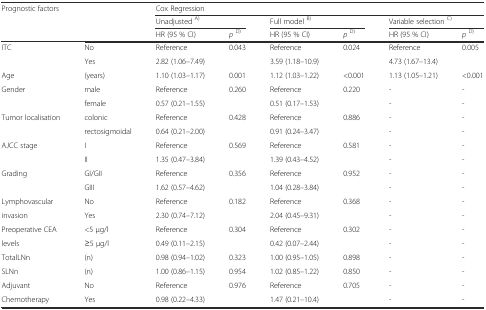
<table><thead><tr><td><b>Prognostic factors</b></td><td></td><td colspan="6"><b>Cox Regression</b></td></tr><tr><td></td><td></td><td colspan="2"><b>Unadjusted <sup>A)</sup></b></td><td colspan="2"><b>Full model <sup>B)</sup></b></td><td colspan="2"><b>Variable selection <sup>C)</sup></b></td></tr><tr><td></td><td></td><td><b>HR (95 % CI)</b></td><td><b><i>p</i><sup>D)</sup></b></td><td><b>HR (95 % CI)</b></td><td><b><i>p</i><sup>D)</sup></b></td><td><b>HR (95 % CI)</b></td><td><b><i>p</i><sup>D)</sup></b></td></tr></thead><tbody><tr><td>ITC</td><td>No</td><td>Reference</td><td>0.043</td><td>Reference</td><td>0.024</td><td>Reference</td><td>0.005</td></tr><tr><td></td><td>Yes</td><td>2.82 (1.06–7.49)</td><td></td><td>3.59 (1.18–10.9)</td><td></td><td>4.73 (1.67–13.4)</td><td></td></tr><tr><td>Age</td><td>(years)</td><td>1.10 (1.03–1.17)</td><td>0.001</td><td>1.12 (1.03–1.22)</td><td>&lt;0.001</td><td>1.13 (1.05–1.21)</td><td>&lt;0.001</td></tr><tr><td>Gender</td><td>male</td><td>Reference</td><td>0.260</td><td>Reference</td><td>0.220</td><td>-</td><td>-</td></tr><tr><td></td><td>female</td><td>0.57 (0.21–1.55)</td><td></td><td>0.51 (0.17–1.53)</td><td></td><td>-</td><td>-</td></tr><tr><td>Tumor localisation</td><td>colonic</td><td>Reference</td><td>0.428</td><td>Reference</td><td>0.886</td><td>-</td><td>-</td></tr><tr><td></td><td>rectosigmoidal</td><td>0.64 (0.21–2.00)</td><td></td><td>0.91 (0.24–3.47)</td><td></td><td>-</td><td>-</td></tr><tr><td>AJCC stage</td><td>I</td><td>Reference</td><td>0.569</td><td>Reference</td><td>0.581</td><td>-</td><td>-</td></tr><tr><td></td><td>II</td><td>1.35 (0.47–3.84)</td><td></td><td>1.39 (0.43–4.52)</td><td></td><td>-</td><td>-</td></tr><tr><td>Grading</td><td>GI/GII</td><td>Reference</td><td>0.356</td><td>Reference</td><td>0.952</td><td>-</td><td>-</td></tr><tr><td></td><td>GIII</td><td>1.62 (0.57–4.62)</td><td></td><td>1.04 (0.28–3.84)</td><td></td><td>-</td><td>-</td></tr><tr><td>Lymphovascular</td><td>No</td><td>Reference</td><td>0.182</td><td>Reference</td><td>0.368</td><td>-</td><td>-</td></tr><tr><td>invasion</td><td>Yes</td><td>2.30 (0.74–7.12)</td><td></td><td>2.04 (0.45–9.31)</td><td></td><td>-</td><td>-</td></tr><tr><td>Preoperative CEA</td><td>&lt;5 μg/l</td><td>Reference</td><td>0.304</td><td>Reference</td><td>0.302</td><td>-</td><td>-</td></tr><tr><td>levels</td><td>≥5 μg/l</td><td>0.49 (0.11–2.15)</td><td></td><td>0.42 (0.07–2.44)</td><td></td><td>-</td><td>-</td></tr><tr><td>TotalLNn</td><td>(n)</td><td>0.98 (0.94–1.02)</td><td>0.323</td><td>1.00 (0.95–1.05)</td><td>0.898</td><td>-</td><td>-</td></tr><tr><td>SLNn</td><td>(n)</td><td>1.00 (0.86–1.15)</td><td>0.954</td><td>1.02 (0.85–1.22)</td><td>0.850</td><td>-</td><td>-</td></tr><tr><td>Adjuvant</td><td>No</td><td>Reference</td><td>0.976</td><td>Reference</td><td>0.705</td><td>-</td><td>-</td></tr><tr><td>Chemotherapy</td><td>Yes</td><td>0.98 (0.22–4.33)</td><td></td><td>1.47 (0.21–10.4)</td><td></td><td>-</td><td>-</td></tr></tbody></table>